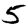
Digit: 5